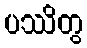
ပဿိတွ